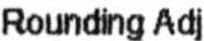
ROUNDING ADJ